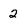
Character: 2